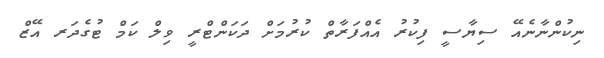
ނިކުންނާނެއޭ ސިޔާސީ ފިކުރު އެއްފަރާތް ކުރުމަށް ދަކަންޓްރީ ވިލް ކަމް ޓުގެދަރ އޭޒް